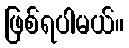
ဖြစ်ရပါမယ်။